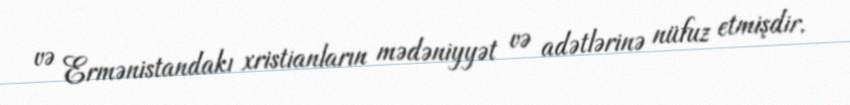
və Ermənistandakı xristianların mədəniyyət və adətlərinə nüfuz etmişdir.